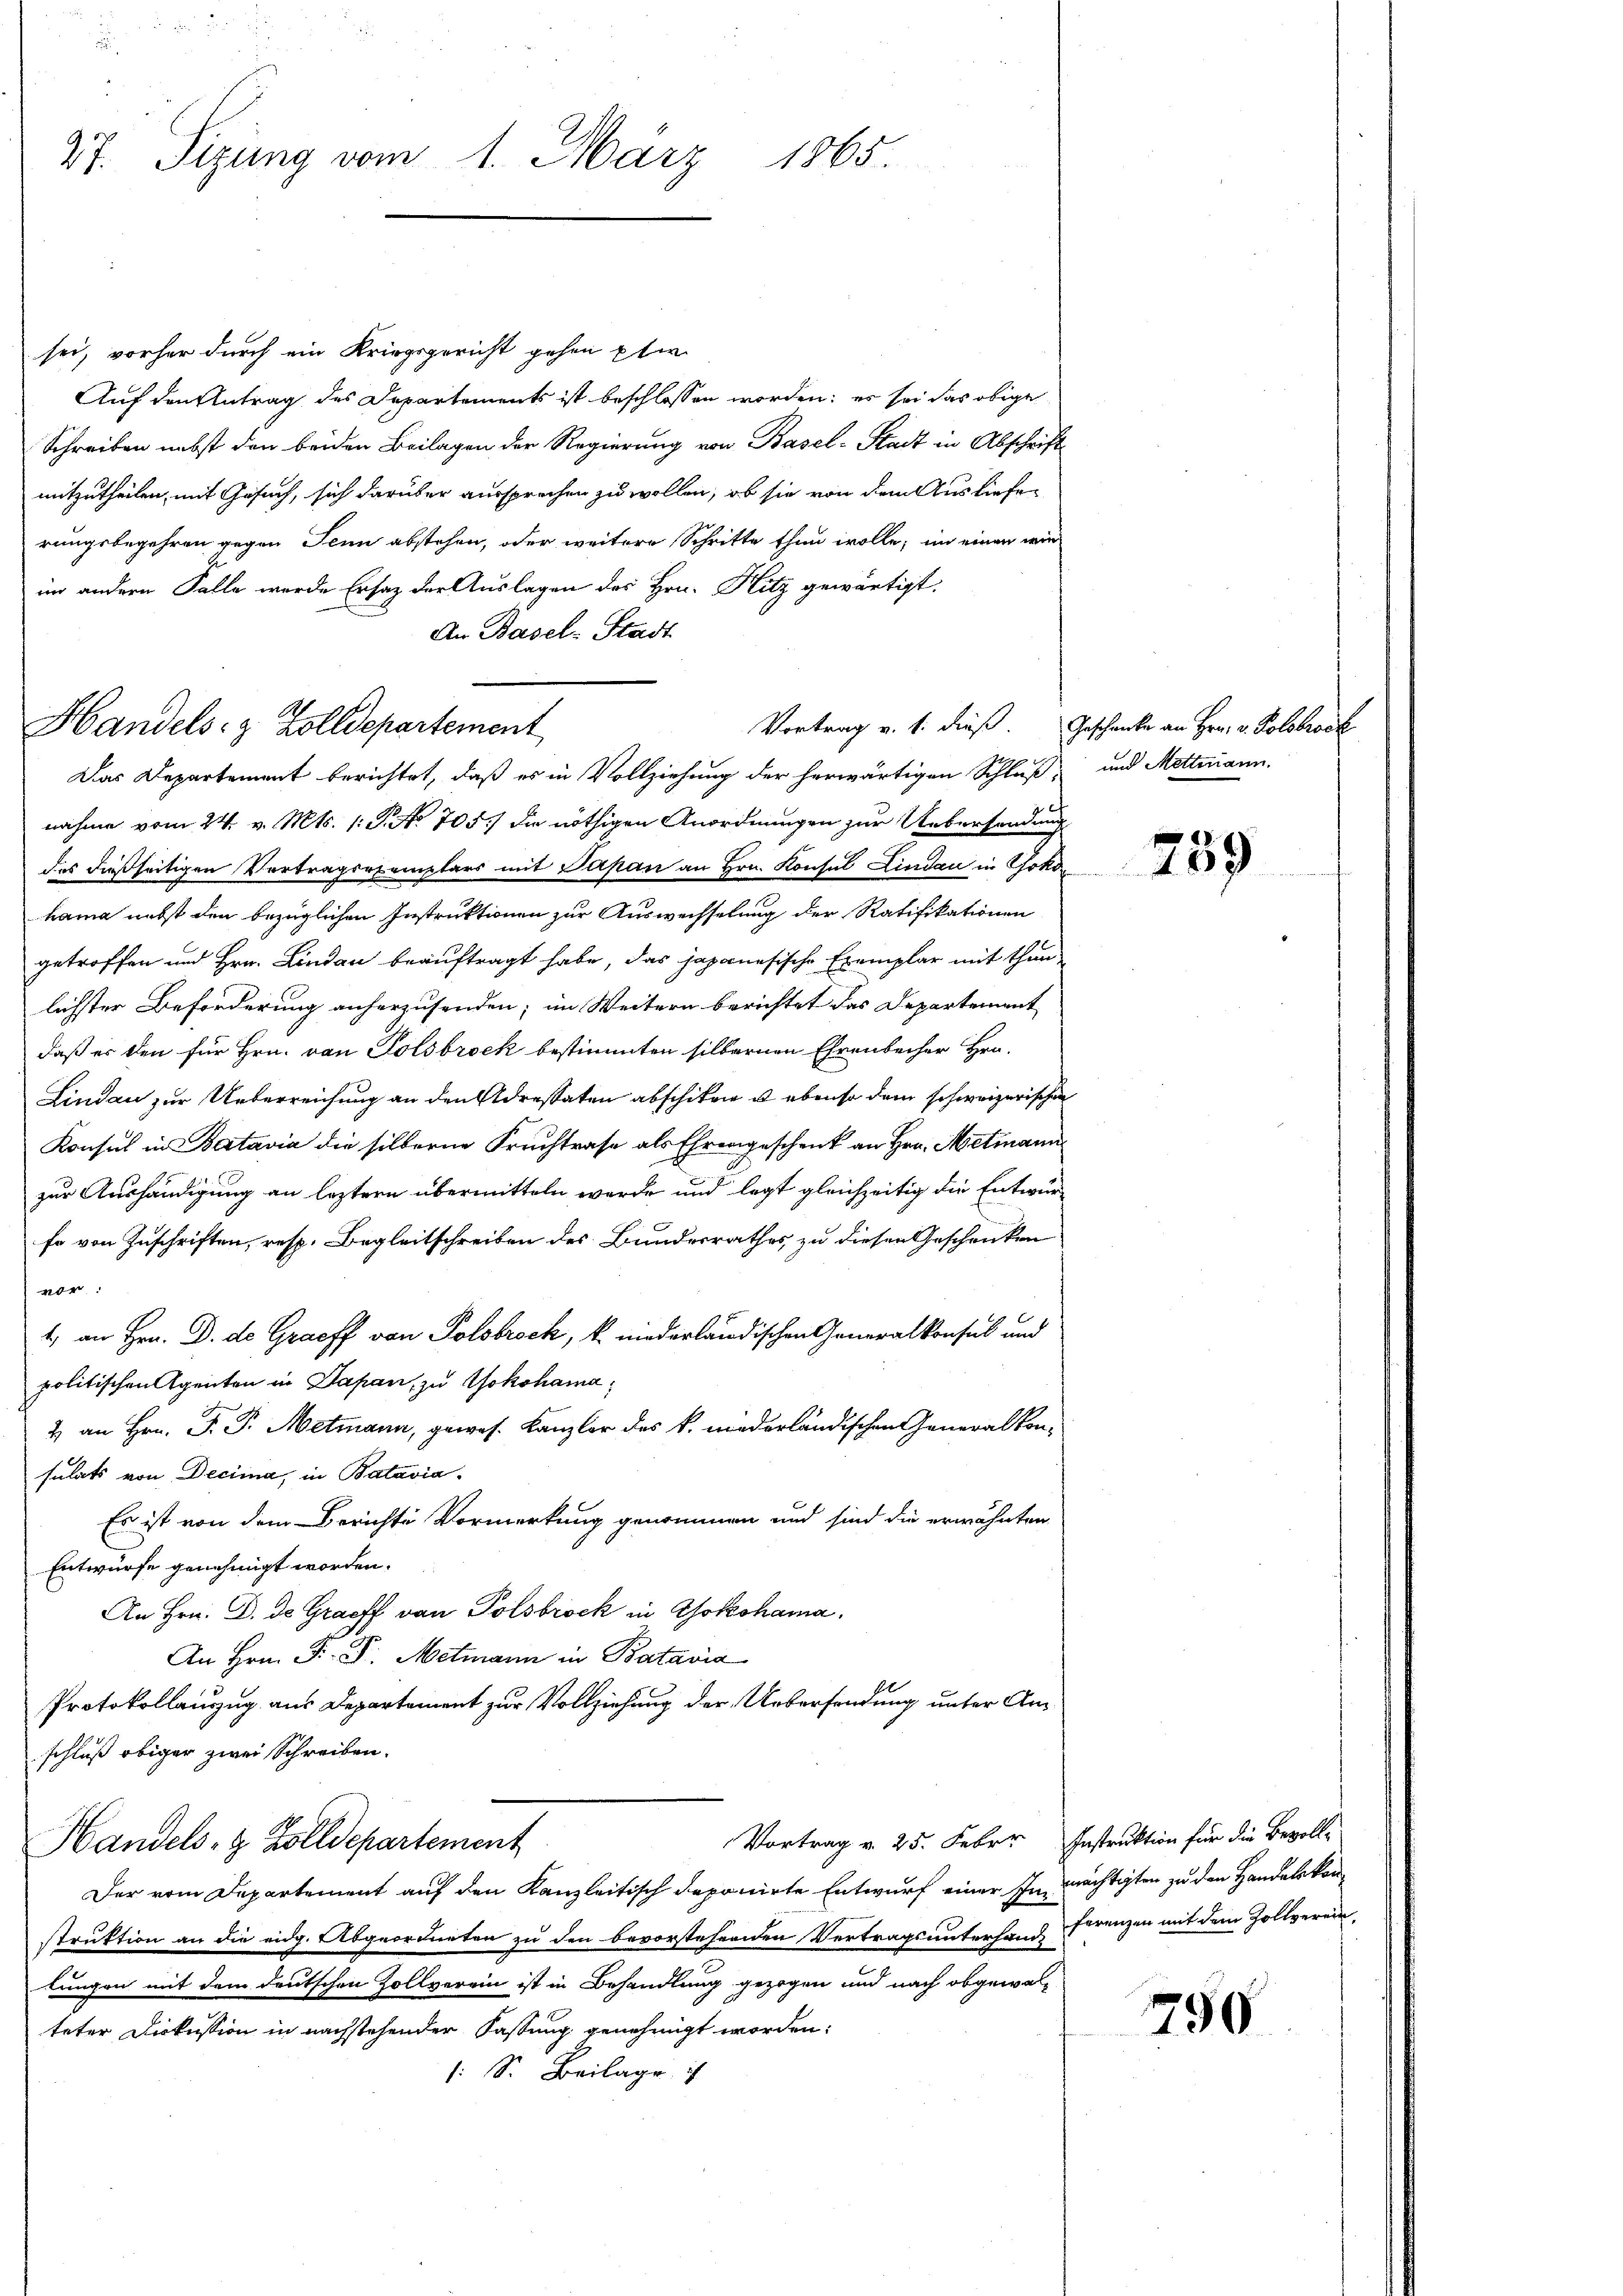
27. Sizung vom 1. März 1865

Handels- & Zolldepartement

sei, vorher durch ein Kriegsgericht gehen plen
Auf den Antrag des Departements ist beschlossen worden; es sei das obige
Schreiben nebst den beiden Beilagen der Regierung von Basel-Stadt in Abschrift
mitzutheilen, mit Gesuch, sich darüber aussprechen zu wollen, ob sie von dem Ausliefen
rungsbegehren gegen Jenn abstehen, oder weitere Schritte thun wolle; im einen wir
im andern Falle wurde Ersatz der Auslagen des Hrn. Hitz gewärtigt.
An Basel-Stadt
Das Departement berichtet, daß es in Vollziehung der herwärtigen Schluß-
nahme vom 24. v. Mts. 1. P. No 705.) die nöthigen Anordnungen zur Uebersendung
des dießseitigen Vertragsexemplars mit Papan an Hrn. Konsul Lindau in Yokohama nebst den bezüglichen Instruktionen zur Auswechselung der Ratifikationen
getroffen und Hrn. Lindau beauftragt habe, das japanesische Exemplar mit thun
lichster Beförderung anherzusenden; im Weitern berichtet das Departement
daß er den für Hrn. von Polsbrock bestimmten silbernen Ehrenbecher Hrn.
Lindau zur Ueberreichung an den Adressaten abschiken u ebenso dem schweizerischen
Konsul in Batavia die silberne Fruchtrase als Ehrengeschenk an Hrn. Metmann
zur Aushändigung an leztern übermitteln werde und legt gleichzeitig die Entwurfe von Zuschriften, resp. Begleitschreiben des Bundesrathes zu diesen Geschenken
vor:
1.) an Hrn. D. de Graff von Polstrock, k. niederländischen Generalkonsul und
politischen Agenten in Japan, zu Yokohama,
2 an Hrn. F. P. Metmann, gewes. Kanzler des k. niederländischen eneralkon-
sulats von Decima, in Batavia
Es ist von dem Berichte Vormerkung genommen und sind die erwähnten
Entwürfe genehmigt worden.
An Hrn. D. de Graff von Polsbrock in Yokohama.
An Hrn. F. P. Metmann in Batavia
Protokollanzug aus Departement zur Vollziehung der Uebersendung unter Anschluß obiger zwei Schreiben.
Vortrag v. 25. Febrr Instruktion für die Bevoll-
Handels- & Zolldepartement
Der vom Departement auf den Kanzleitisch deponirte Entwurf einer In mächtigten zu den Handelskonstruktion an die eidg. Abgeordneten zu den bevorstehenden Vertragsunterhand ferenzen mit dem Zollverein
tungen mit dem deutschen Zollverein ist in Behandlung gezogen und nach obgewalteter Diskussion in nachstehender Fastung genehmigt worden:
/: S. Beilage i

Vortrag v. 1. dieß. Geschenke an Hrn. v. Polstrock
und Mettmann.

759

790